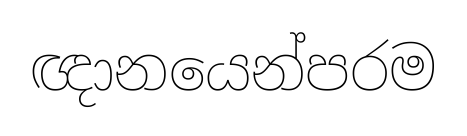
ඥානයෙන්පරම